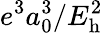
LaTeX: e^{3}a_{0}^{3}/E_{\mathrm{h}}^{2}